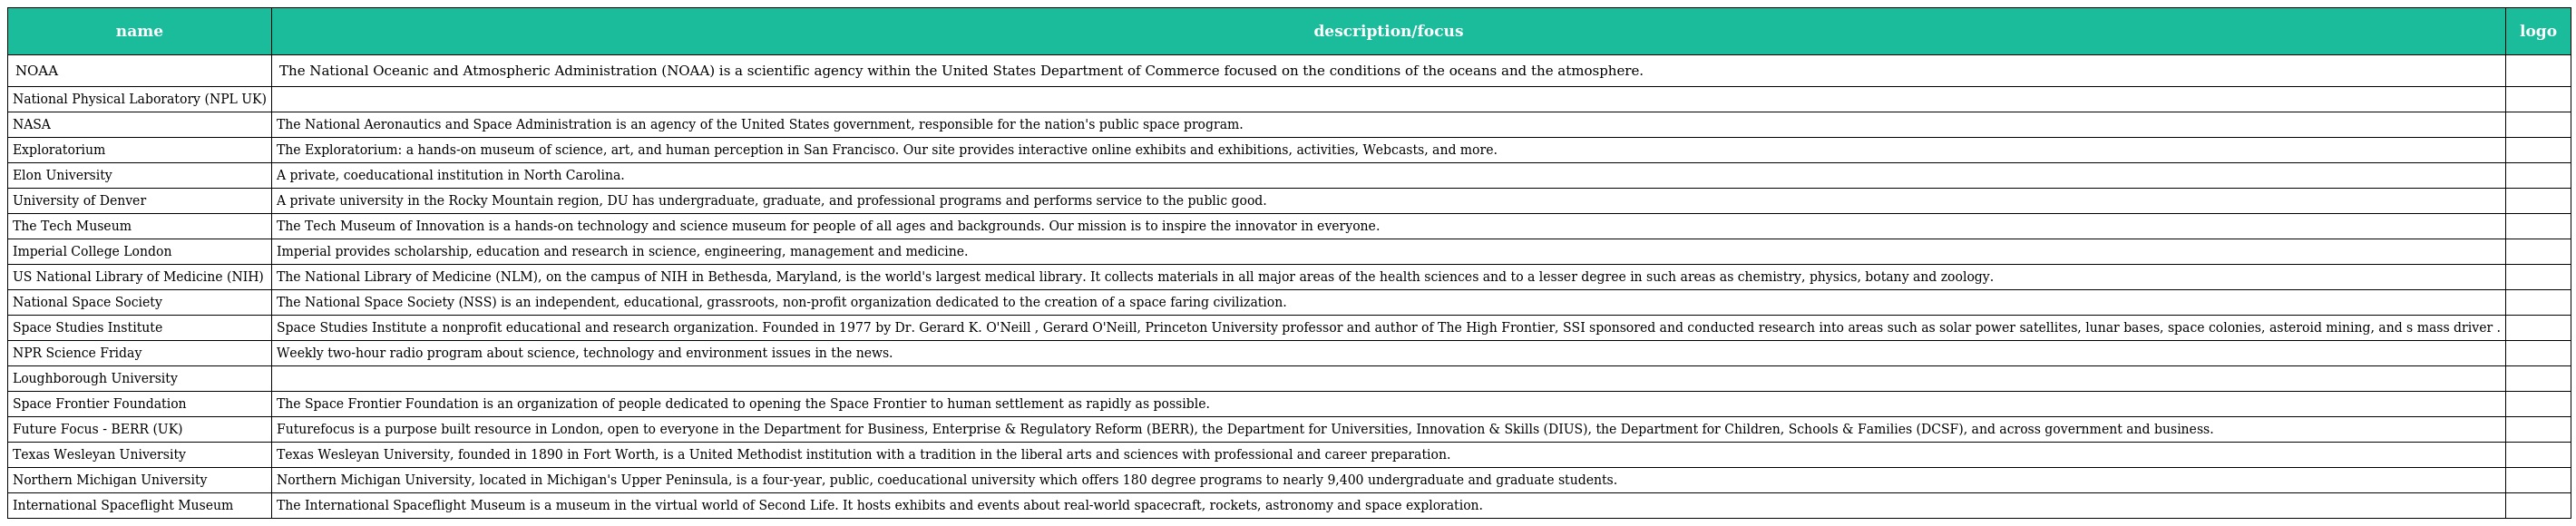
| name | description/focus | logo |
 | --- | --- | --- |
 | NOAA | The National Oceanic and Atmospheric Administration (NOAA) is a scientific agency within the United States Department of Commerce focused on the conditions of the oceans and the atmosphere. |  |
 | National Physical Laboratory (NPL UK) |  |  |
 | NASA | The National Aeronautics and Space Administration is an agency of the United States government, responsible for the nation's public space program. |  |
 | Exploratorium | The Exploratorium: a hands-on museum of science, art, and human perception in San Francisco. Our site provides interactive online exhibits and exhibitions, activities, Webcasts, and more. |  |
 | Elon University | A private, coeducational institution in North Carolina. |  |
 | University of Denver | A private university in the Rocky Mountain region, DU has undergraduate, graduate, and professional programs and performs service to the public good. |  |
 | The Tech Museum | The Tech Museum of Innovation is a hands-on technology and science museum for people of all ages and backgrounds. Our mission is to inspire the innovator in everyone. |  |
 | Imperial College London | Imperial provides scholarship, education and research in science, engineering, management and medicine. |  |
 | US National Library of Medicine (NIH) | The National Library of Medicine (NLM), on the campus of NIH in Bethesda, Maryland, is the world's largest medical library. It collects materials in all major areas of the health sciences and to a lesser degree in such areas as chemistry, physics, botany and zoology. |  |
 | National Space Society | The National Space Society (NSS) is an independent, educational, grassroots, non-profit organization dedicated to the creation of a space faring civilization. |  |
 | Space Studies Institute | Space Studies Institute a nonprofit educational and research organization. Founded in 1977 by Dr. Gerard K. O'Neill , Gerard O'Neill, Princeton University professor and author of The High Frontier, SSI sponsored and conducted research into areas such as solar power satellites, lunar bases, space colonies, asteroid mining, and s mass driver . |  |
 | NPR Science Friday | Weekly two-hour radio program about science, technology and environment issues in the news. |  |
 | Loughborough University |  |  |
 | Space Frontier Foundation | The Space Frontier Foundation is an organization of people dedicated to opening the Space Frontier to human settlement as rapidly as possible. |  |
 | Future Focus - BERR (UK) | Futurefocus is a purpose built resource in London, open to everyone in the Department for Business, Enterprise & Regulatory Reform (BERR), the Department for Universities, Innovation & Skills (DIUS), the Department for Children, Schools & Families (DCSF), and across government and business. |  |
 | Texas Wesleyan University | Texas Wesleyan University, founded in 1890 in Fort Worth, is a United Methodist institution with a tradition in the liberal arts and sciences with professional and career preparation. |  |
 | Northern Michigan University | Northern Michigan University, located in Michigan's Upper Peninsula, is a four-year, public, coeducational university which offers 180 degree programs to nearly 9,400 undergraduate and graduate students. |  |
 | International Spaceflight Museum | The International Spaceflight Museum is a museum in the virtual world of Second Life. It hosts exhibits and events about real-world spacecraft, rockets, astronomy and space exploration. |  |